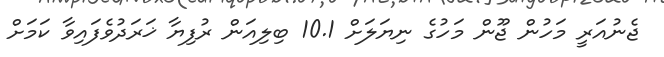
ޖެނުއަރީ މަހުން ޖޫން މަހުގެ ނިޔަލަށް 10.1 ބިލިއަން ރުފިޔާ ޚަރަދުވެފައިވާ ކަމަށް